65_HS1-834228961_62-HQ-83894_Section_6
Agency: FBI
Page 236
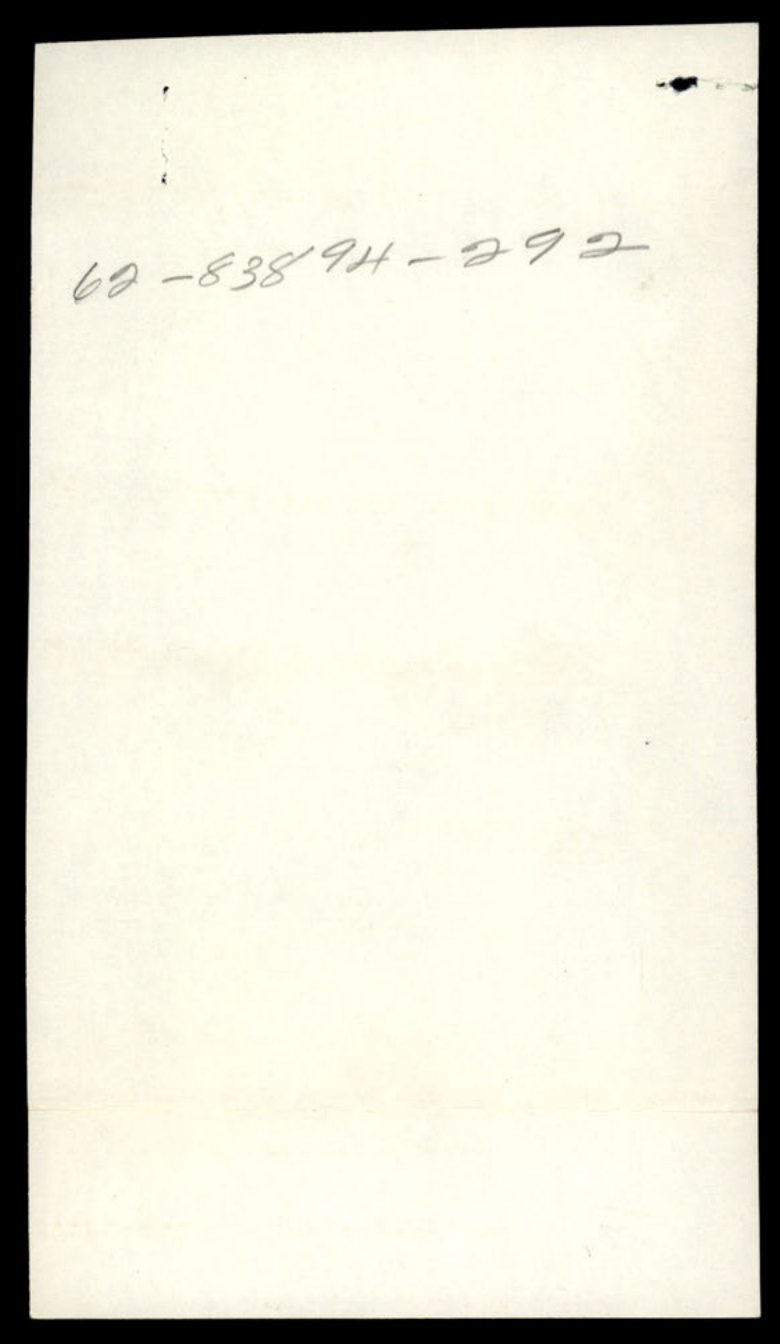